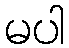
မပါ